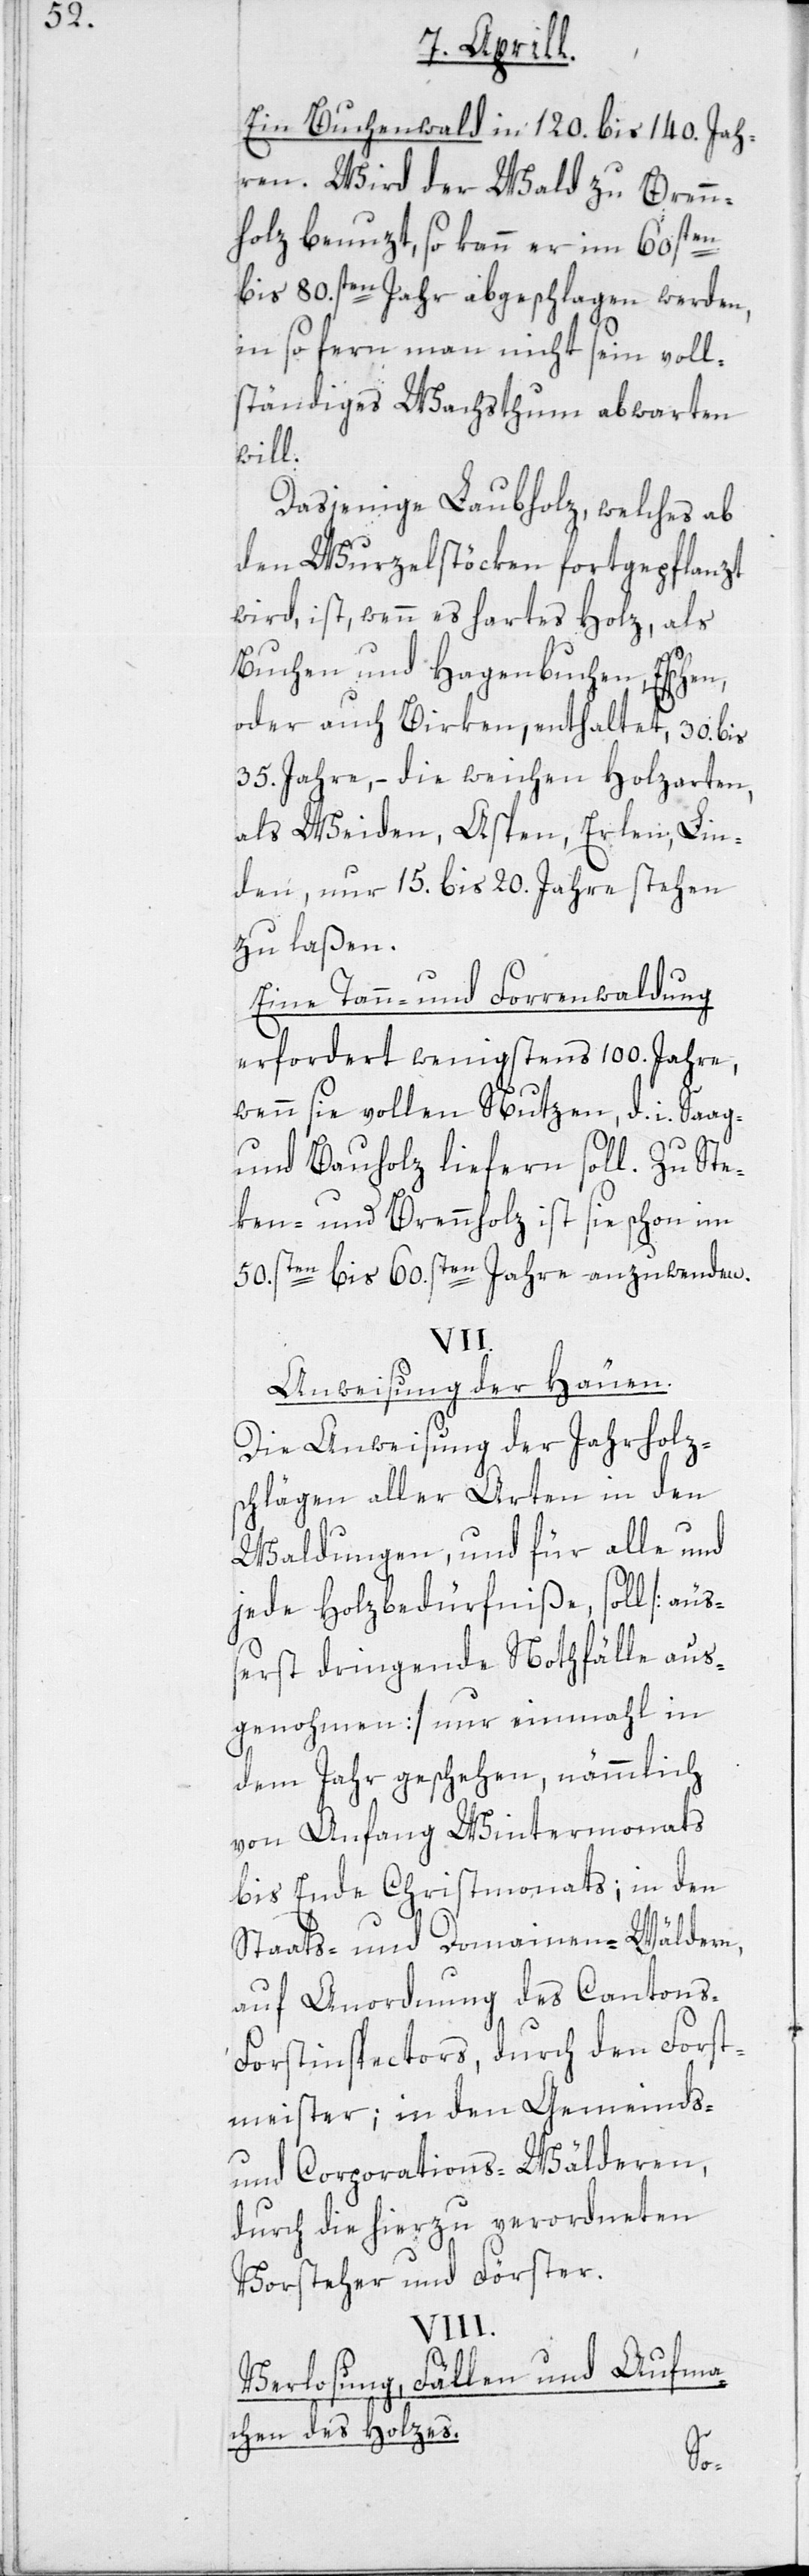
Ein Buchenwald in 120. bis 140. Jah¬
ren. Wird der Wald zu Brenn¬
holz benuzt, so kann er im 60sten
bis 80.sten Jahr abgeschlagen werden,
in so fern man nicht sein voll¬
ständiges Wachsthum abwarten
will.
Dasjenige Laubholz, welches ab
den Wurzelstöcken fortgepflanzt
wird, ist, wenn es hartes Holz, als
Buchen und Hagenbuchen, Eschen,
oder auch Birken, enthaltet, 30. bis
35. Jahre, – die weichen Holzarten
als Weiden, Aspen, Erlen, Lin¬
den, nur 15. bis 20. Jahre stehen
zu laßen.
Eine Tann- und Forrenwaldung
erfordert wenigstens 100. Jahre,
wenn sie vollen Nutzen, d. i.
und Bauholz liefern soll. Zu Ste¬
ken- und Brennholz ist sie schon im
50.sten bis 60.sten Jahre anzuwenden.
VII.
Anweisung der Häuen.
Die Anweisung der Jahrholzs¬
chlägen aller Arten in den
Waldungen, und für alle und
jede Holzbedürfniße, soll [äus¬
serst dringende Notfälle aus¬
genohmen] nur einmahl in
dem Jahr geschehen, nämmlich
von Anfang Wintermonats
bis Ende Christmonats; in den
Staats- und Domainen-Wäldern,
auf Anordnung des Cantons-F¬
orstinspectors, durch den Forst¬
meister; in den Gemeinds-
und Corporations-Wälderen
durch die hierzu verordneten
Vorsteher und Förster.
Verlosung, Fällen und Aufma¬
chen des Holzes.